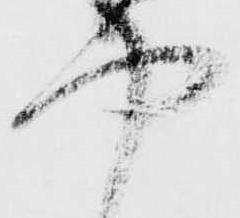
や